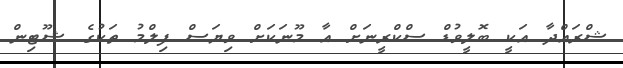
ޝްރައްދާ އަކީ ބޮލީވުޑް ސްކްރީނަށް އާ މޫނަކަށް ވިޔަސް ފިލްމު ތަކުގެ ޝޫޓިން